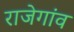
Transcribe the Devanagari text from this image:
राजेगांव